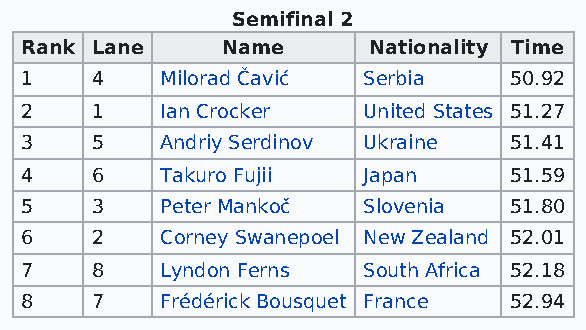
Semifinal 2
 Rank Lane     Name     Nationality Time
 1    4    Milorad Čavić Serbia   50.92
 2    1    Ian Crocker  United States 51.27
 3    5    Andriy Serdinov Ukraine 51.41
 4    6    Takuro Fujii Japan     51.59
 5    3    Peter Mankoč Slovenia  51.80
 6    2    Corney Swanepoel New Zealand 52.01
 7    8    Lyndon Ferns South Africa 52.18
 8    7    Frédérick Bousquet France 52.94